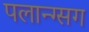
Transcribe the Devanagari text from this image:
पलान्ग्सग